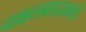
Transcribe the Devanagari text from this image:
नक्षलवादाकडे